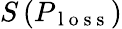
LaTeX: S\left(P_{\mathrm{~l~o~s~s~}}\right)